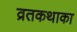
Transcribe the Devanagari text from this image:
व्रतकथाका